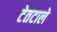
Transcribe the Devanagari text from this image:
टेतटाले